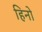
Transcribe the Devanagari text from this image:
हिनो